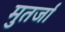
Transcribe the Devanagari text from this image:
मुतर्जा